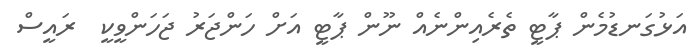
އަޅުގަނޑުމެން ޕާޓީ ތެރެއިންނެއް ނޫން ޕާޓީ އަށް ހަންޖަރު ޖަހަންވީކީ  ރައީސް